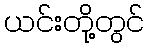
ယင်းတို့တွင်